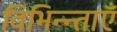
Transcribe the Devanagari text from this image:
विभिन्न्ताएँ